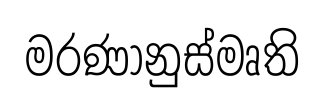
මරණානුස්මෘති